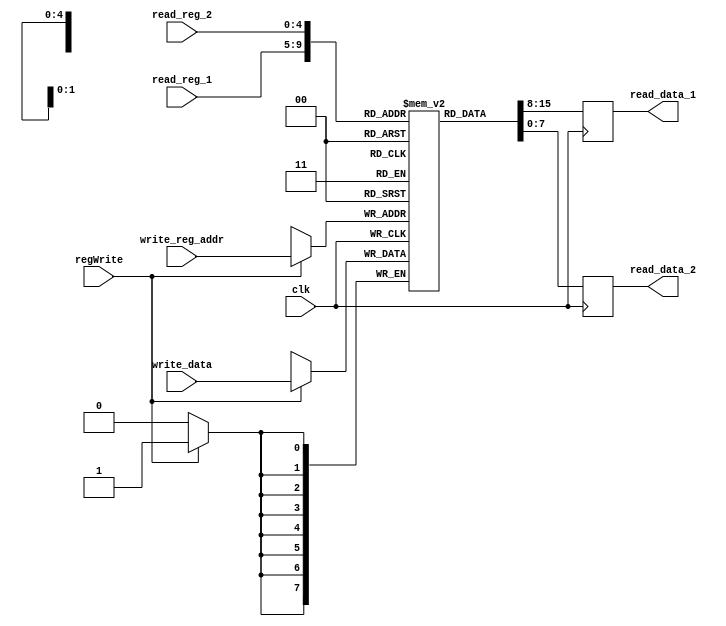
`timescale 1ns / 1ps

module reg_file(
    input clk,
    input [4:0] read_reg_1, // address of first read register. Fetched from instruction
    input [4:0] read_reg_2, // address of second read register. Fetched from instruction
    input [4:0] write_reg_addr, // address of register write. 
    input [7:0] write_data,  // data to be written at register address
    input regWrite, // control signal from main control. specifying to write data 
    output reg [7:0] read_data_1,   // contents of register at address read_reg_1
    output reg [7:0] read_data_2    // contents of register at address read_reg_2
    );
    
    // Implement zero register
    
    reg [7:0] reg_bank [0:31];  // array of 32 registers. each register is 8-bit wide
    
    // random data
    initial begin

        reg_bank[0] = 0;
        reg_bank[1] = 15;
        reg_bank[3] = 10;
        
        reg_bank[6] = 19;
        reg_bank[7] = 30;
    end
    
    
    // Outputs
    always @ (posedge clk) begin
    //#3  // FU delay. 2+1
        read_data_1 = reg_bank[read_reg_1];
        read_data_2 = reg_bank[read_reg_2];
    end
    
    // Register file write
    always @ (posedge clk) begin
    //#7  // FU delay. 6+1
        if (regWrite) begin
            reg_bank[write_reg_addr] = write_data;
        end
    end
endmodule